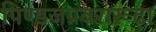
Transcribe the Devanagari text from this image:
पिण्डजप्रवरारूढ़ा